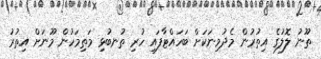
ތޫނު ލޮލުގެ އިތުރުން މެދުމިނަކަށް ބަހައްޓާފައި ހުރި ތުނބުޅި މަތިމަހުން މޫނަށް އިތުރު